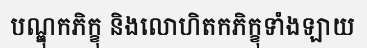
បណ្ឌុកភិក្ខុ និងលោហិតកភិក្ខុទាំងឡាយ